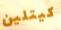
كيتلين